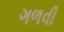
ગળવી